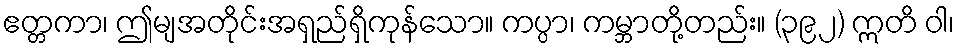
ဧတ္တကာ၊ ဤမျအတိုင်းအရှည်ရှိကုန်သော။ ကပ္ပာ၊ ကမ္ဘာတို့တည်း။ (၃၉၂) ဣတိ ဝါ၊